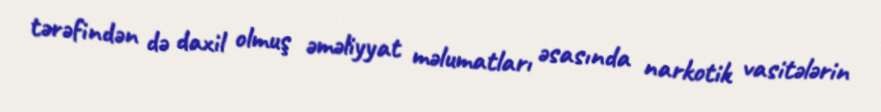
tərəfindən də daxil olmuş əməliyyat məlumatları əsasında narkotik vasitələrin